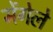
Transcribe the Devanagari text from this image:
मेंगेले